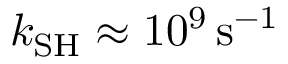
k _ { \mathrm { S H } } \approx 1 0 ^ { 9 } \, \mathrm { s } ^ { - 1 }